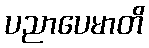
ပညာပေမာတိ